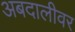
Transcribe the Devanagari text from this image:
अबदालीवर